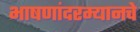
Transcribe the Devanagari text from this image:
भाषणांदरम्यानचे